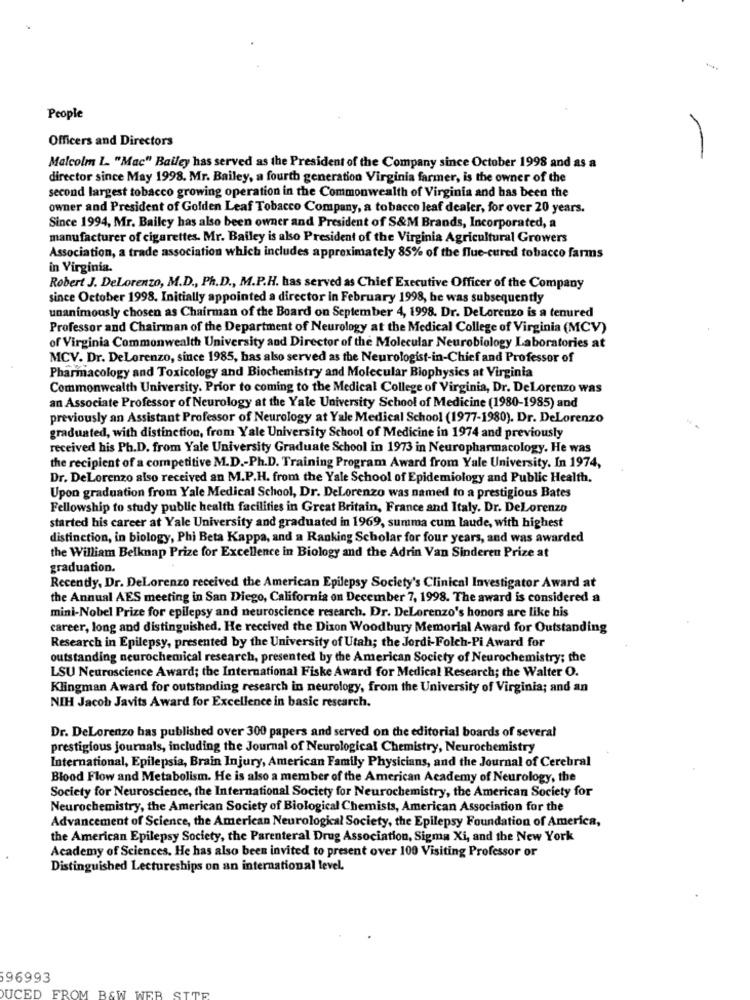
People
Officers and Directors
-
Malcolm L "Mac" Bailey has served as the President of the Company since October 1998 and as a
director since May 1998. Mr. Bailey, a fourth generation Virginia farmer, is the owner of the
second largest tobacco growing operation in the Commonwealth of Virginia and has been the
owner and President of Golden Leaf Tobacco Company, a tobacco leaf dealer, for over 20 years.
Since 1994, Mr. Bailey has also been owner and President of S&M Brands, Incorporated, a
manufacturer of cigarettes. Mr. Bailey is also President of the Virginia Agricultural Growers
Association, a trade association which includes approximately 85% of the flue-cured tobacco farms
in Virginia.
Robert J. DeLorenzo, M.D ., Ph.D ., M.P.H. has served as Chief Executive Officer of the Company
since October 1998. Initially appointed a director in February 1998, he was subsequently
unanimously chosen as Chairman of the Board on September 4, 1998. Dr. DeLorenzo is a tenured
Professor and Chairman of the Department of Neurology at the Medical College of Virginia (MCV)
of Virginia Commonwealth University and Director of the Molecular Neurobiology Laboratories at
MCV. Dr. DeLorenzo, since 1985, bas also served as the Neurologist-in-Chief and Professor of
Pharmacology and Toxicology and Biochemistry and Molecular Biophysics at Virginia
Commonwealth University. Prior to coming to the Medical College of Virginia, Dr. DeLorenzo was
an Associate Professor of Neurology at the Yale University School of Medicine (1980-1985) and
previously an Assistant Professor of Neurology at Yale Medical School (1977-1980). Dr. DeLorenzo
graduated, with distinction, from Yale University School of Medicine in 1974 and previously
received his Ph.D. from Yale University Graduate School in 1973 in Neuropharmacology. He was
the recipient of a competitive M.D .- Ph.D. Training Program Award from Yale University. In 1974,
Dr. DeLorenzo also received an M.P.H. from the Yale School of Epidemiology and Public Health.
Upon graduation from Yale Medical School, Dr. DeLorenzo was named to a prestigious Bates
Fellowship to study public health facilities in Great Britain, France and Italy. Dr. DeLorenzo
started his career at Yale University and graduated in 1969, summa cum laude, with highest
distinction, in biology, Phi Beta Kappa, and a Ranking Scholar for four years, and was awarded
the William Belknap Prize for Excellence in Biology and the Adrin Van Sinderen Prize at
graduation.
Recently, Dr. DeLorenzo received the American Epilepsy Society's Clinical Investigator Award at
the Annual AES meeting in San Diego, California on December 7, 1998. The award is considered a
mini-Nobel Prize for epilepsy and neuroscience research. Dr. DeLorenzo's honors are like his
career, long and distinguished. He received the Dixon Woodbury Memorial Award for Outstanding
Research in Epilepsy, presented by the University of Utah; the Jordi-Folch-Pi Award for
outstanding neurochemical research, presented by the American Society of Neurochemistry; the
LSU Neuroscience Award; the International Fiske Award for Medical Research; the Walter O.
Klingman Award for outstanding research in neurology, from the University of Virginia; and an
NIH Jacob Javits Award for Excellence in basic research.
Dr. DeLorenzo has published over 300 papers and served on the editorial boards of several
prestigious journals, including the Journal of Neurological Chemistry, Neurochemistry
International, Epilepsia, Brain Injury, American Family Physicians, and the Journal of Cerebral
Blood Flow and Metabolism. He is also a member of the American Academy of Neurology, the
Society for Neuroscience, the International Society for Neurochemistry, the American Society for
Neurochemistry, the American Society of Biological Chemists, American Association for the
Advancement of Science, the American Neurological Society, the Epilepsy Foundation of America,
the American Epilepsy Society, the Parenteral Drug Association, Sigma Xi, and the New York
Academy of Sciences. He has also been invited to present over 100 Visiting Professor or
Distinguished Lectureships on an international level,
596993
B&W WER
STOR
DUCED FROM